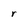
Character: r